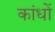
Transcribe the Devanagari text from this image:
कांधों